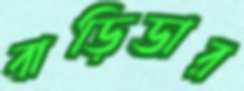
বাড়িডার